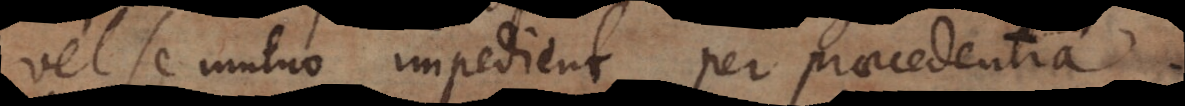
vel se mutuo impedient per praecedentia.